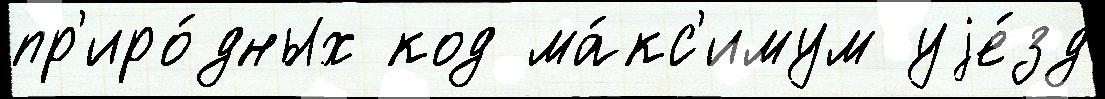
пр'иро́дных код ма́кс'имум уjе́зд